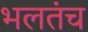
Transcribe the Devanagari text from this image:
भलतंच